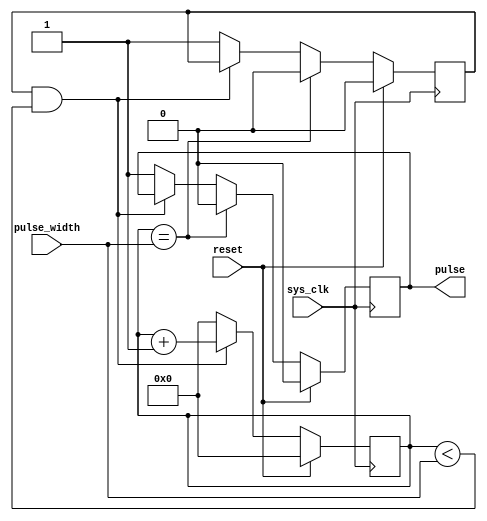
module VariablePulseWidthGenerator (
    input wire sys_clk,
    input wire reset,
    input wire [15:0] pulse_width,
    output reg pulse
);

reg [15:0] counter;
reg output_enable;

always @ (posedge sys_clk) begin
    if (reset) begin
        counter <= 0;
        pulse <= 0;
        output_enable <= 0;
    end else begin
        if (output_enable && (counter < pulse_width)) begin
            counter <= counter + 1;
        end else begin
            counter <= 0;
            output_enable <= 1;
            pulse <= 1;
        end
        
        if (counter == pulse_width) begin
            pulse <= 0;
            output_enable <= 0;
        end
    end
end

endmodule